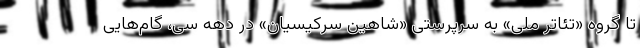
تا گروه «تئاتر ملی» به سرپرستی «شاهین سرکیسیان» در دهه سی، گام‌هایی